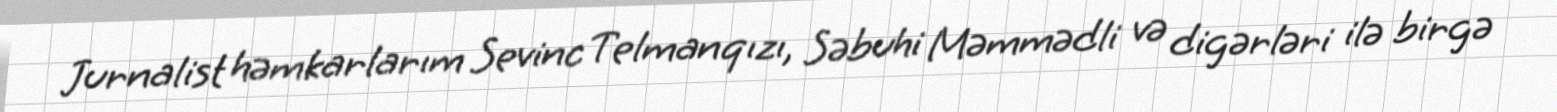
Jurnalist həmkarlarım Sevinc Telmanqızı, Səbuhi Məmmədli və digərləri ilə birgə